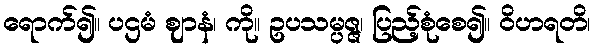
ရောက်၍။ ပဌမံ ဈာနံ၊ ကို။ ဥပသမ္ပဇ္ဇ၊ ပြည့်စုံစေ၍။ ဝိဟရတိ၊